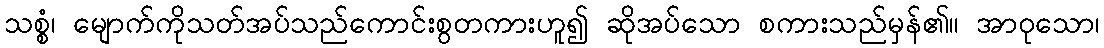
သစ္စံ၊ မျောက်ကိုသတ်အပ်သည်ကောင်းစွတကားဟူ၍ ဆိုအပ်သော စကားသည်မှန်၏။ အာဝုသော၊